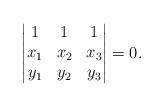
LaTeX: \begin{align*}\begin{vmatrix}1&1&1\\x_1&x_2&x_3\\y_1&y_2&y_3\end{vmatrix}=0.\end{align*}